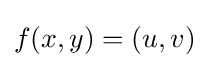
f(x,y)=(u,v)